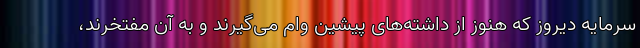
سرمایه دیروز که هنوز از داشته‌های پیشین وام می‌گیرند و به آن مفتخرند،